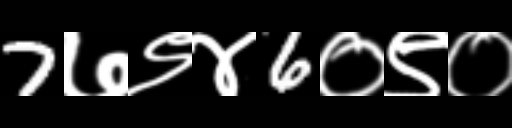
Text: 7७९४6०९०